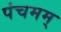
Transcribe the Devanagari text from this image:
पंचमम्